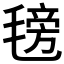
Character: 𣯊